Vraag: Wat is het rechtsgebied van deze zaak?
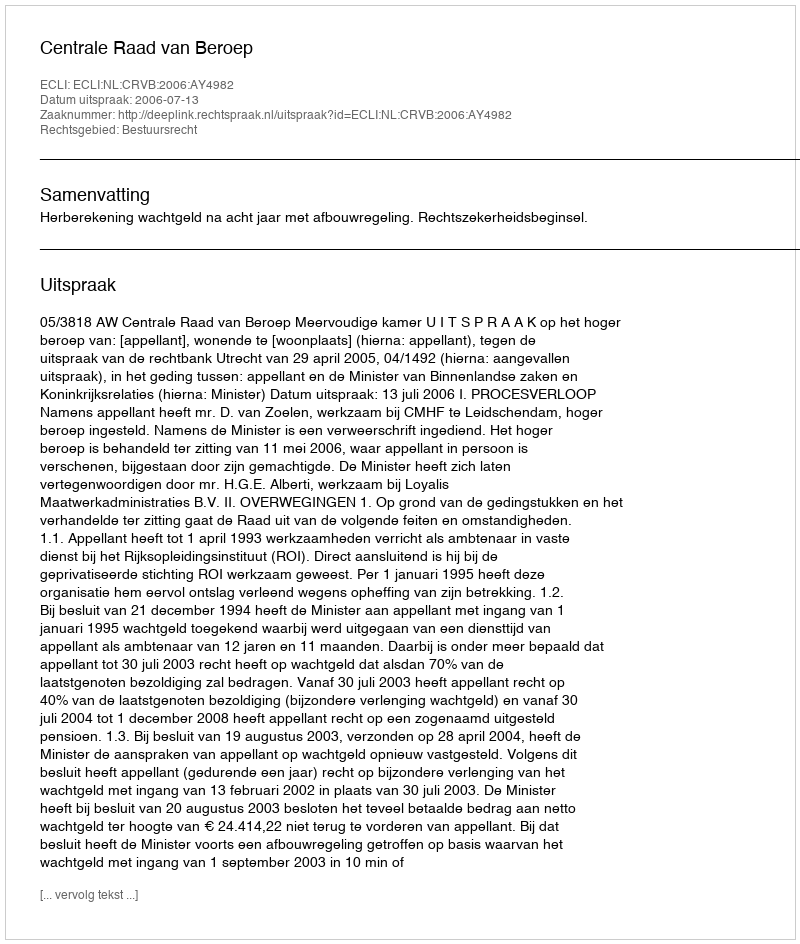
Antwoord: Bestuursrecht